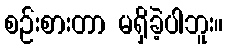
စဉ်းစားတာ မရှိခဲ့ပါဘူး။